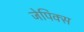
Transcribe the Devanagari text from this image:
जेपिक्स